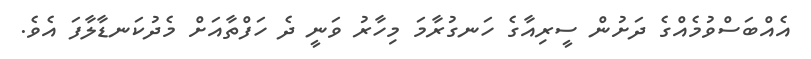
އެއްބަސްވުމެއްގެ ދަށުން ސީރިއާގެ ހަނގުރާމަ މިހާރު ވަނީ ދެ ހަފްތާއަށް މެދުކަނޑާލާފަ އެވެ.